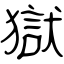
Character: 獄